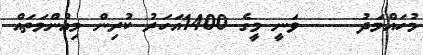
މުހައްމަދު     ވަނީ މީގެ 1400އަހަރު ކުރިން މިއުންމަތައް